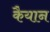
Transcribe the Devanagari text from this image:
कैयान